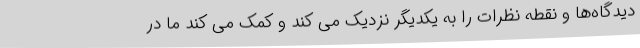
دیدگاه‌ها و نقطه نظرات را به یکدیگر نزدیک می کند و کمک می کند ما در